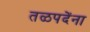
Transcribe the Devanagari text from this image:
तळपदेंना